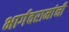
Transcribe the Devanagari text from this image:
भार्गवरामांनी